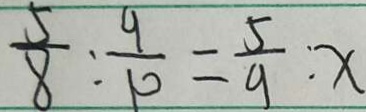
\frac { 5 } { 8 } : \frac { 9 } { 1 0 } = \frac { 5 } { 9 } : x